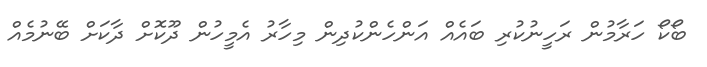
ބޯކޯ ހަރާމުން ރަހީނުކުރި ބައެއް އަންހެންކުދިން މިހާރު އެމީހުން ދޫކޮށް ދާކަށް ބޭނުމެއް